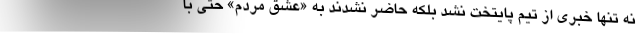
نه تنها خبری از تیم پایتخت نشد بلکه حاضر نشدند به «عشق مردم» حتی با